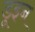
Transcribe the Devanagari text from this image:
डूइन